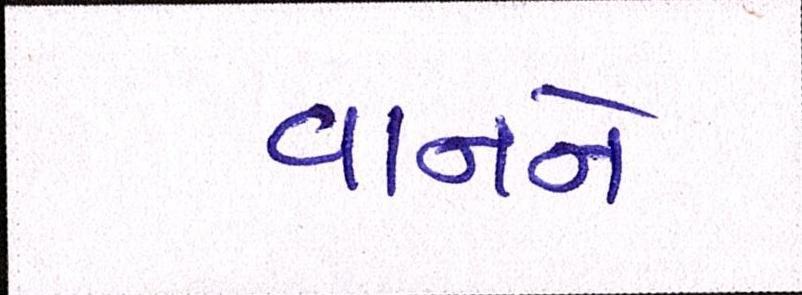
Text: વાનને